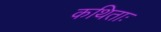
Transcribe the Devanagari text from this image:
कथिताः